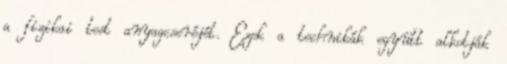
a fizikai test anyagcseréjét. Ezek a technikák együtt alkotják